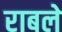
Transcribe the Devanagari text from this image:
राबले